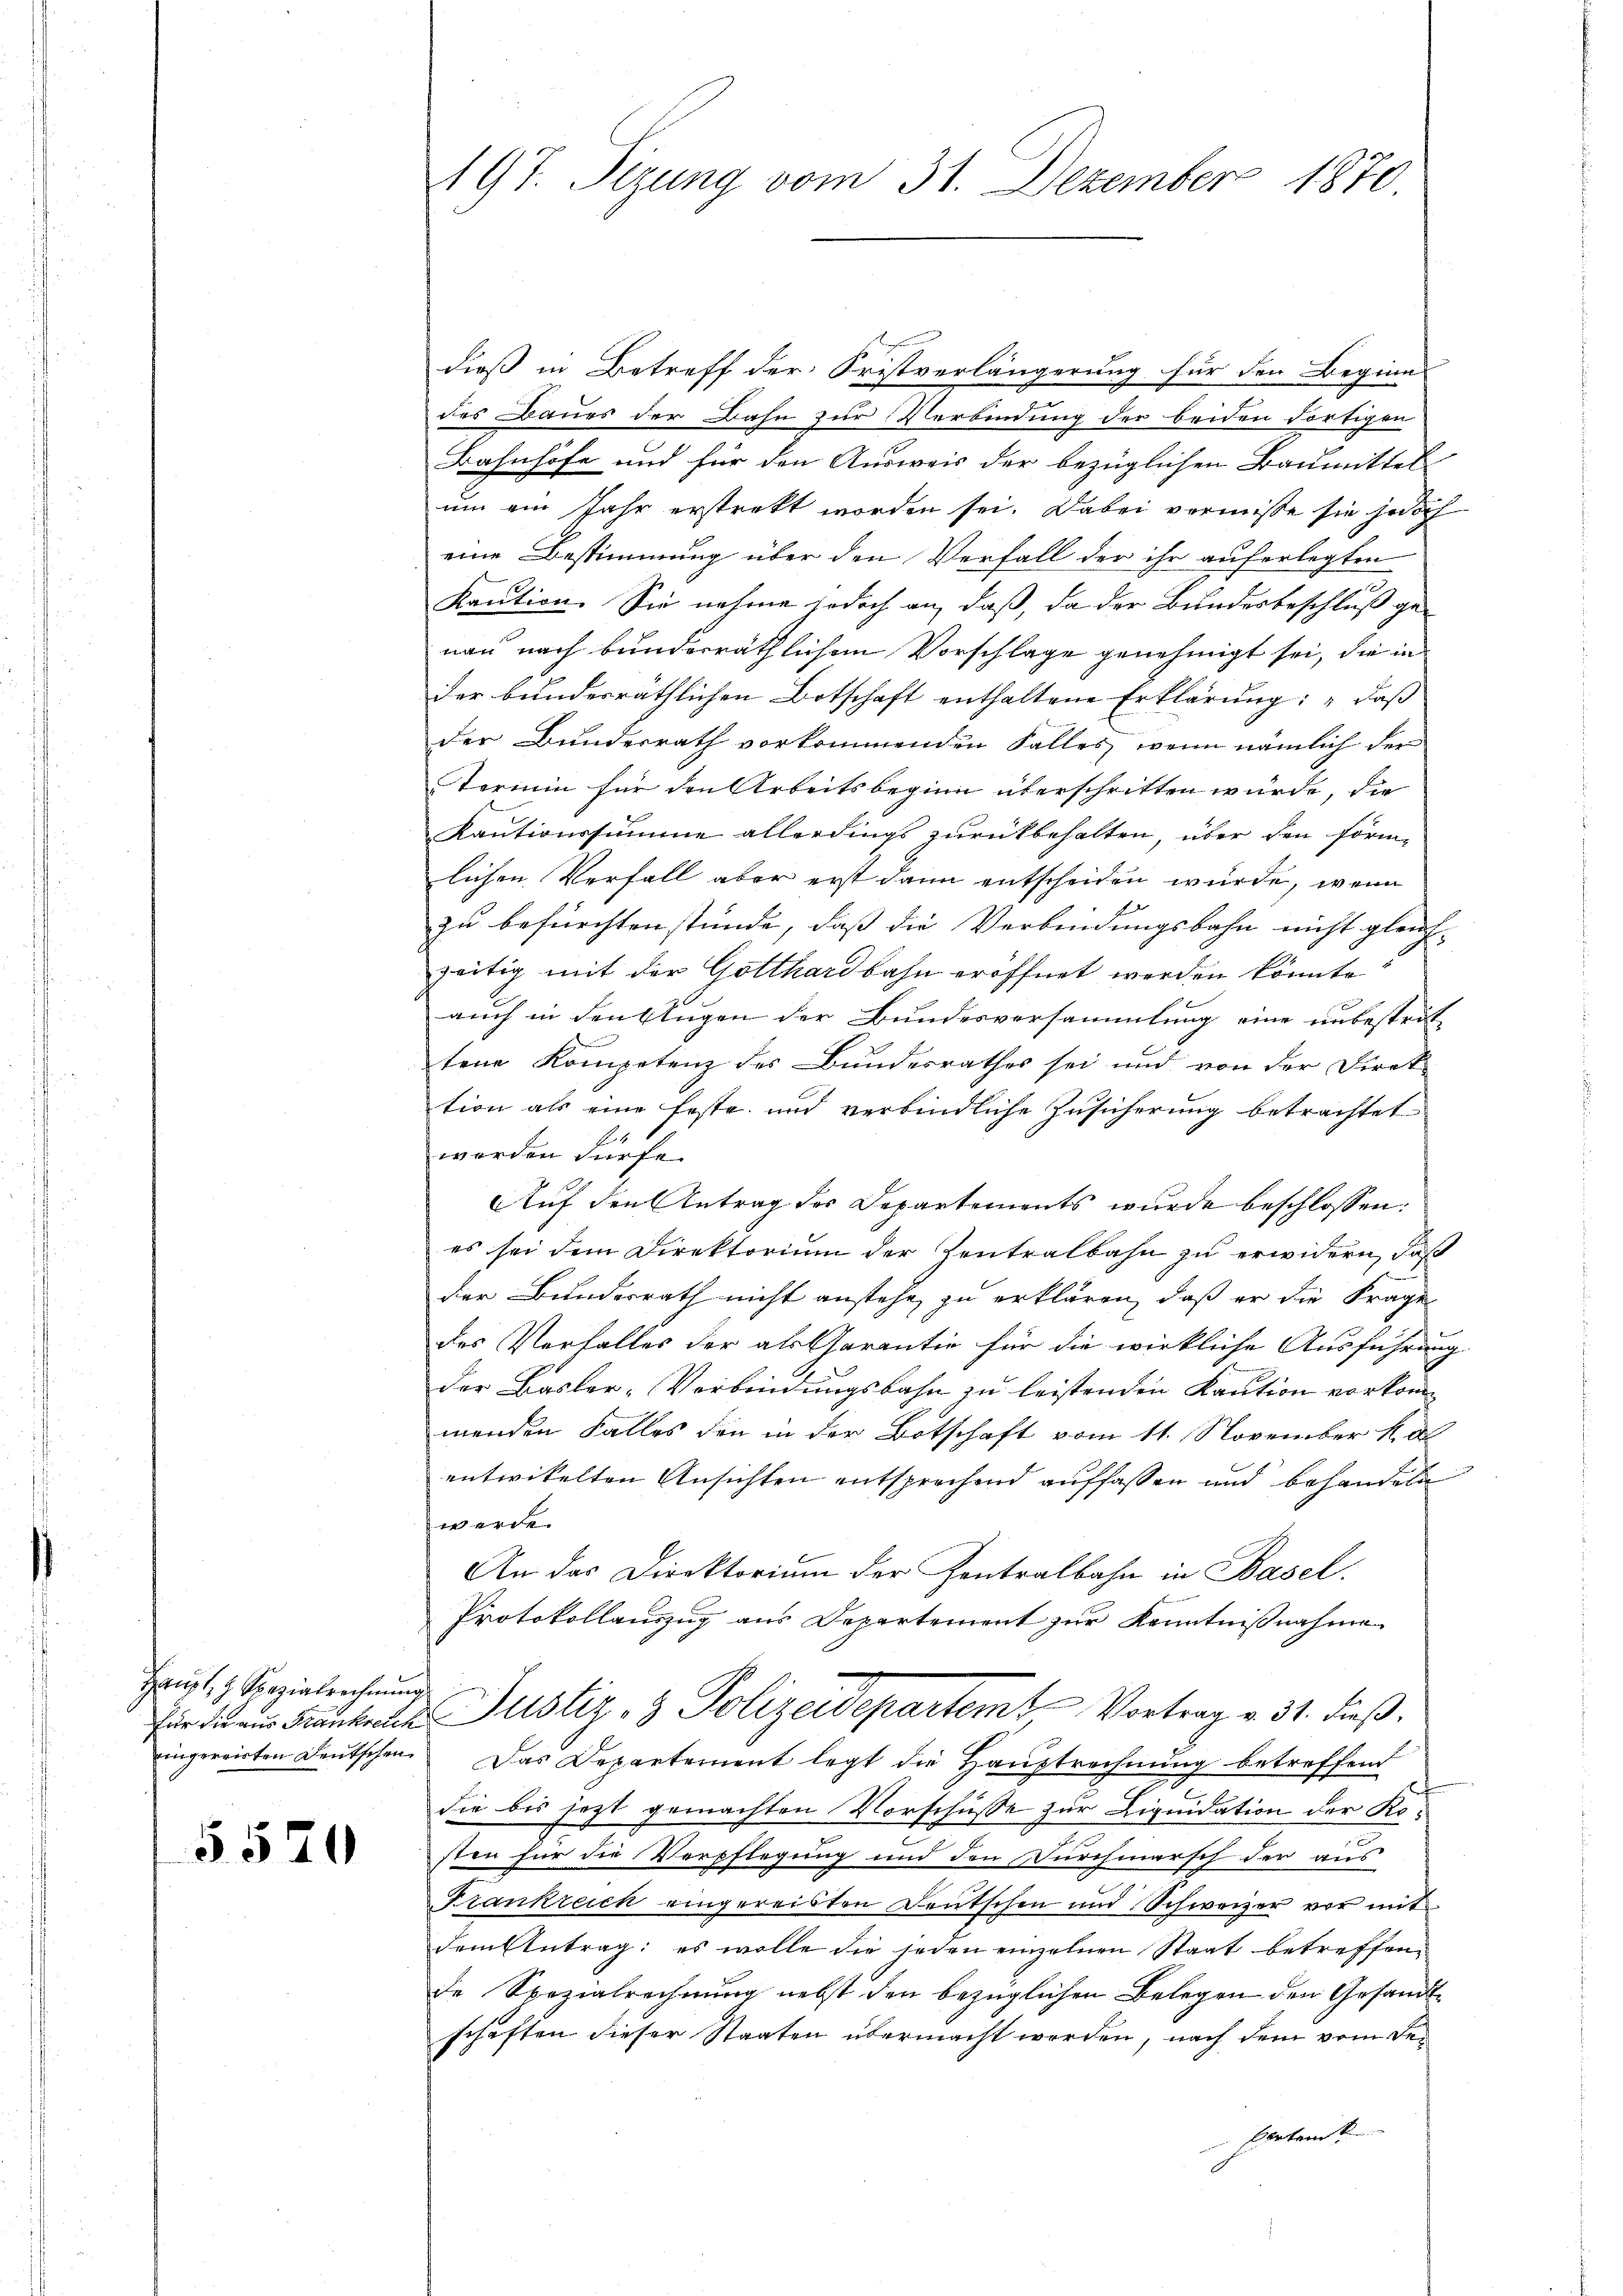
Haupt, H. Spezialrechnung
für die aus Frankreich
ingereirten Deutschen.

5520

197. Sizung vom 31. Dezember 1870

dieß in Betreff der Fristverlängerung für den Beginn
des Baues der Bahn zur Verbindung der beiden dortigen
Bahnhöfe und für den Ausweis der bezüglichen Baumittel
um ein Jahr erstrakt worden sei. Dabei vermiße sie jedoch
eine Bestimmung über den Verfall der ihr auferlegten
Kaution. Sie nahme jedoch an, daß, da der Bundesbeschluß genau nach bunderräthlichen Vorschlage genehmigt sei, die in
der bundesräthlichen Botschaft enthaltene Erklärung: „daß
der Bunderrath vorkommenden Falles, wenn nämlich der
Termin für den Arbeitsbeginn überschritten würde, die
Kautionssumme allerdings zurückbehalten, über den förm-
lichen Verfall aber erst dann entscheiden würde, wenn
zu befürchten stünde, daß die Verbindungsbahn nicht gleich-
zeitig mit der Gotthardbahn eröffnet werden könnte
auch in den Augen der Bundesversammlung eine unbestrit
tene Kompetenz des Bundesrathes sei und von der Direk
tion als eine feste und verbindliche Zusicherung betrachtet
worden dürfe.
Auf den Antrag des Departements wurde beschlossen:
es sei dem Direktorium der Zentralbahn zu erwidern, daß
der Bundesrath nicht anstehe zu erklären, daß er die Frage
des Verfalles der als Garantie für die wirkliche Ausführung
der Basler-Verbindungsbahn zu leistenden Kaution vorkommenden Falles den in der Botschaft vom 11. November 18
entwickelten Ansichten entsprechend auffassen und behandeln
werde.
An das Direktorium der Zentralbahn in Basel.
Protokollauszug aus Departement zur Kenntnißnahme
Justiz- & Polizeidepartemt Vortrag v. 31. dieß.
Das Departement legt die Hauptrechnung betreffend
die bis jezt gemachten Vorschüsse zur Liquidation der Kosten für die Verpflegung und den Durchmarsch der aus
Frankreich eingereisten Deutschen und Schweizer vor mit
dem Antrag: es wolle die jeden einzelnen Staat betreffen
de Spezialrechnung nebst den bezüglichen Belegen den Gesandtschäften dieser Staaten übermacht werden, nach dem vom Departent